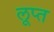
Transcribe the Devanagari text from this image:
लूप्त